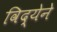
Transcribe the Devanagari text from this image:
विद्येने